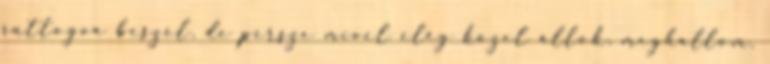
suttogva beszél, de persze mivel elég közel állok, meghallom.